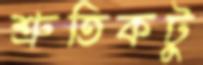
শ্রুতিকটু